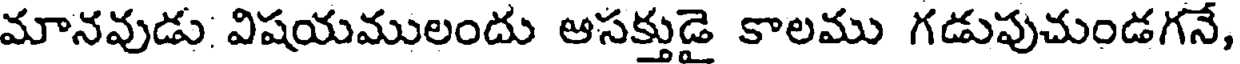
మానవుడు విషయములందు ఆసక్తుడై కాలము గడుపుచుండగనే,